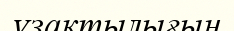
ұзактылығын